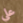
على